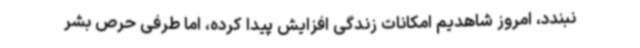
نبندد، امروز شاهدیم امکانات زندگی افزایش پیدا کرده، اما طرفی حرص بشر